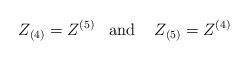
\begin{align*}Z_{(4)} = Z^{(5)}\;\;\;\mbox{and }\;\;\; Z_{(5)}= Z^{(4)} \end{align*}